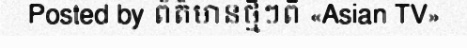
Posted by ព័ត៌មានថ្មីៗពី «Asian TV»